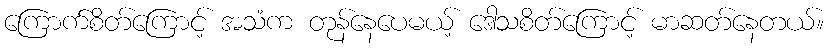
ကြောက်စိတ်ကြောင့် အသံက တုန်နေပေမယ့် ဒေါသစိတ်ကြောင့် မာဆတ်နေတယ်။